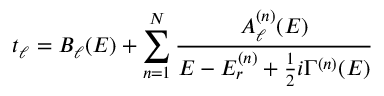
t _ { \ell } = B _ { \ell } ( E ) + \sum _ { n = 1 } ^ { N } { \frac { A _ { \ell } ^ { ( n ) } ( E ) } { E - E _ { r } ^ { ( n ) } + { \frac { 1 } { 2 } } i \Gamma ^ { ( n ) } ( E ) } }